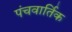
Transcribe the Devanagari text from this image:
पंचवार्तिक